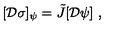
[ { \cal D } \sigma ] _ { \psi } = \tilde { J } [ { \cal D } \psi ] \ ,